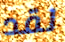
لقد